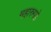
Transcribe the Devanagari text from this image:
महारुगडे